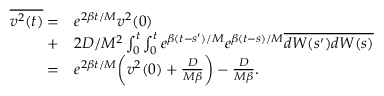
\begin{array} { r l } { \overline { { v ^ { 2 } ( t ) } } = } & { { } e ^ { 2 \beta t / M } v ^ { 2 } ( 0 ) } \\ { + } & { { } 2 D / M ^ { 2 } \int _ { 0 } ^ { t } \int _ { 0 } ^ { t } e ^ { \beta ( t - s ^ { \prime } ) / M } e ^ { \beta ( t - s ) / M } \overline { { d W ( s ^ { \prime } ) d W ( s ) } } } \\ { = } & { { } e ^ { 2 \beta t / M } \bigg ( v ^ { 2 } ( 0 ) + \frac { D } { M \beta } \bigg ) - \frac { D } { M \beta } . } \end{array}